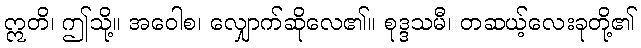
ဣတိ၊ ဤသို့။ အဝေါစ၊ လျှောက်ဆိုလေ၏။ စုဒ္ဒသမီ၊ တဆယ့်လေးခုတို့၏